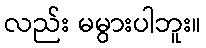
လည်း မမွားပါဘူး။